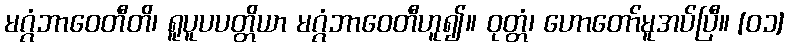
မဂ္ဂံဘာဝေတီတိ၊ ရူပူပပတ္တိယာ မဂ္ဂံဘာဝေတီဟူ၍။ ဝုတ္တံ၊ ဟောတော်မူအပ်ပြီ။ [၀၁]